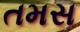
તમસ